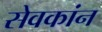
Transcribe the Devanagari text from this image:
सेवकांन